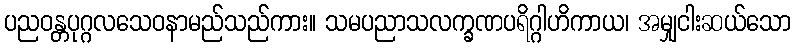
ပညဝန္တပုဂ္ဂလသေဝနာမည်သည်ကား။ သမပညာသလက္ခဏပရိဂ္ဂါဟိကာယ၊ အမျှငါးဆယ်သော